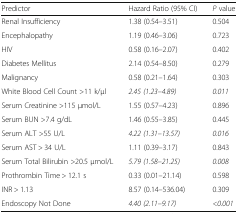
<table><thead><tr><td><b>Predictor</b></td><td><b>Hazard Ratio (95% CI)</b></td><td><b><i>P</i> value</b></td></tr></thead><tbody><tr><td>Renal Insufficiency</td><td>1.38 (0.54–3.51)</td><td>0.504</td></tr><tr><td>Encephalopathy</td><td>1.19 (0.46–3.06)</td><td>0.723</td></tr><tr><td>HIV</td><td>0.58 (0.16–2.07)</td><td>0.402</td></tr><tr><td>Diabetes Mellitus</td><td>2.14 (0.54–8.50)</td><td>0.279</td></tr><tr><td>Malignancy</td><td>0.58 (0.21–1.64)</td><td>0.303</td></tr><tr><td>White Blood Cell Count &gt;11 k/μl</td><td><i>2.45 (1.23–4.89)</i></td><td><i>0.011</i></td></tr><tr><td>Serum Creatinine &gt;115 μmol/L</td><td>1.55 (0.57–4.23)</td><td>0.896</td></tr><tr><td>Serum BUN &gt;7.4 g/dL</td><td>1.46 (0.55–3.85)</td><td>0.445</td></tr><tr><td>Serum ALT &gt;55 U/L</td><td><i>4.22 (1.31–13.57)</i></td><td><i>0.016</i></td></tr><tr><td>Serum AST &gt; 34 U/L</td><td>1.11 (0.39–3.17)</td><td>0.843</td></tr><tr><td>Serum Total Bilirubin &gt;20.5 μmol/L</td><td><i>5.79 (1.58–21.25)</i></td><td><i>0.008</i></td></tr><tr><td>Prothrombin Time &gt; 12.1 s</td><td>0.33 (0.01–21.14)</td><td>0.598</td></tr><tr><td>INR &gt; 1.13</td><td>8.57 (0.14–536.04)</td><td>0.309</td></tr><tr><td>Endoscopy Not Done</td><td><i>4.40 (2.11–9.17)</i></td><td><i>&lt;0.001</i></td></tr></tbody></table>